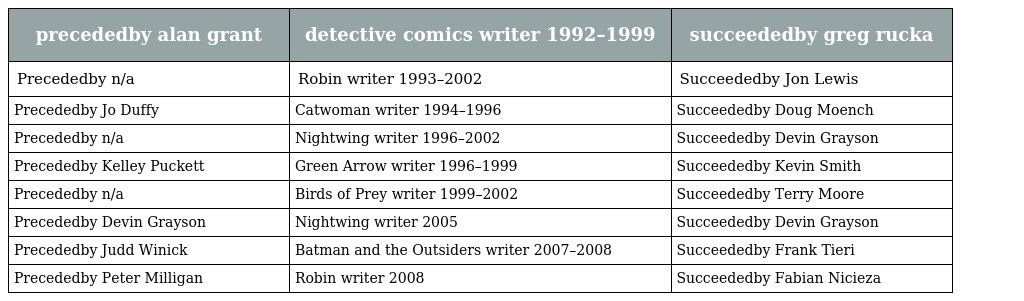
| precededby alan grant | detective comics writer 1992–1999 | succeededby greg rucka |
 | --- | --- | --- |
 | Precededby n/a | Robin writer 1993–2002 | Succeededby Jon Lewis |
 | Precededby Jo Duffy | Catwoman writer 1994–1996 | Succeededby Doug Moench |
 | Precededby n/a | Nightwing writer 1996–2002 | Succeededby Devin Grayson |
 | Precededby Kelley Puckett | Green Arrow writer 1996–1999 | Succeededby Kevin Smith |
 | Precededby n/a | Birds of Prey writer 1999–2002 | Succeededby Terry Moore |
 | Precededby Devin Grayson | Nightwing writer 2005 | Succeededby Devin Grayson |
 | Precededby Judd Winick | Batman and the Outsiders writer 2007–2008 | Succeededby Frank Tieri |
 | Precededby Peter Milligan | Robin writer 2008 | Succeededby Fabian Nicieza |